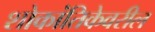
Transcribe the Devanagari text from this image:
शोकांतिकेवरील